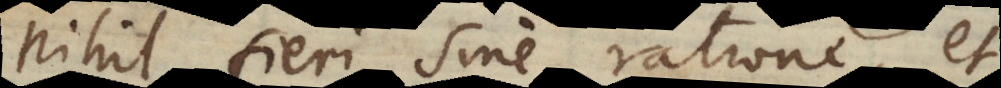
nihil fieri sine ratione, et